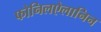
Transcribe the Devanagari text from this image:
फोनिलऐलानिन